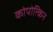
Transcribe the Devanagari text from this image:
कोपोत्किन